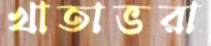
খাতাভরা